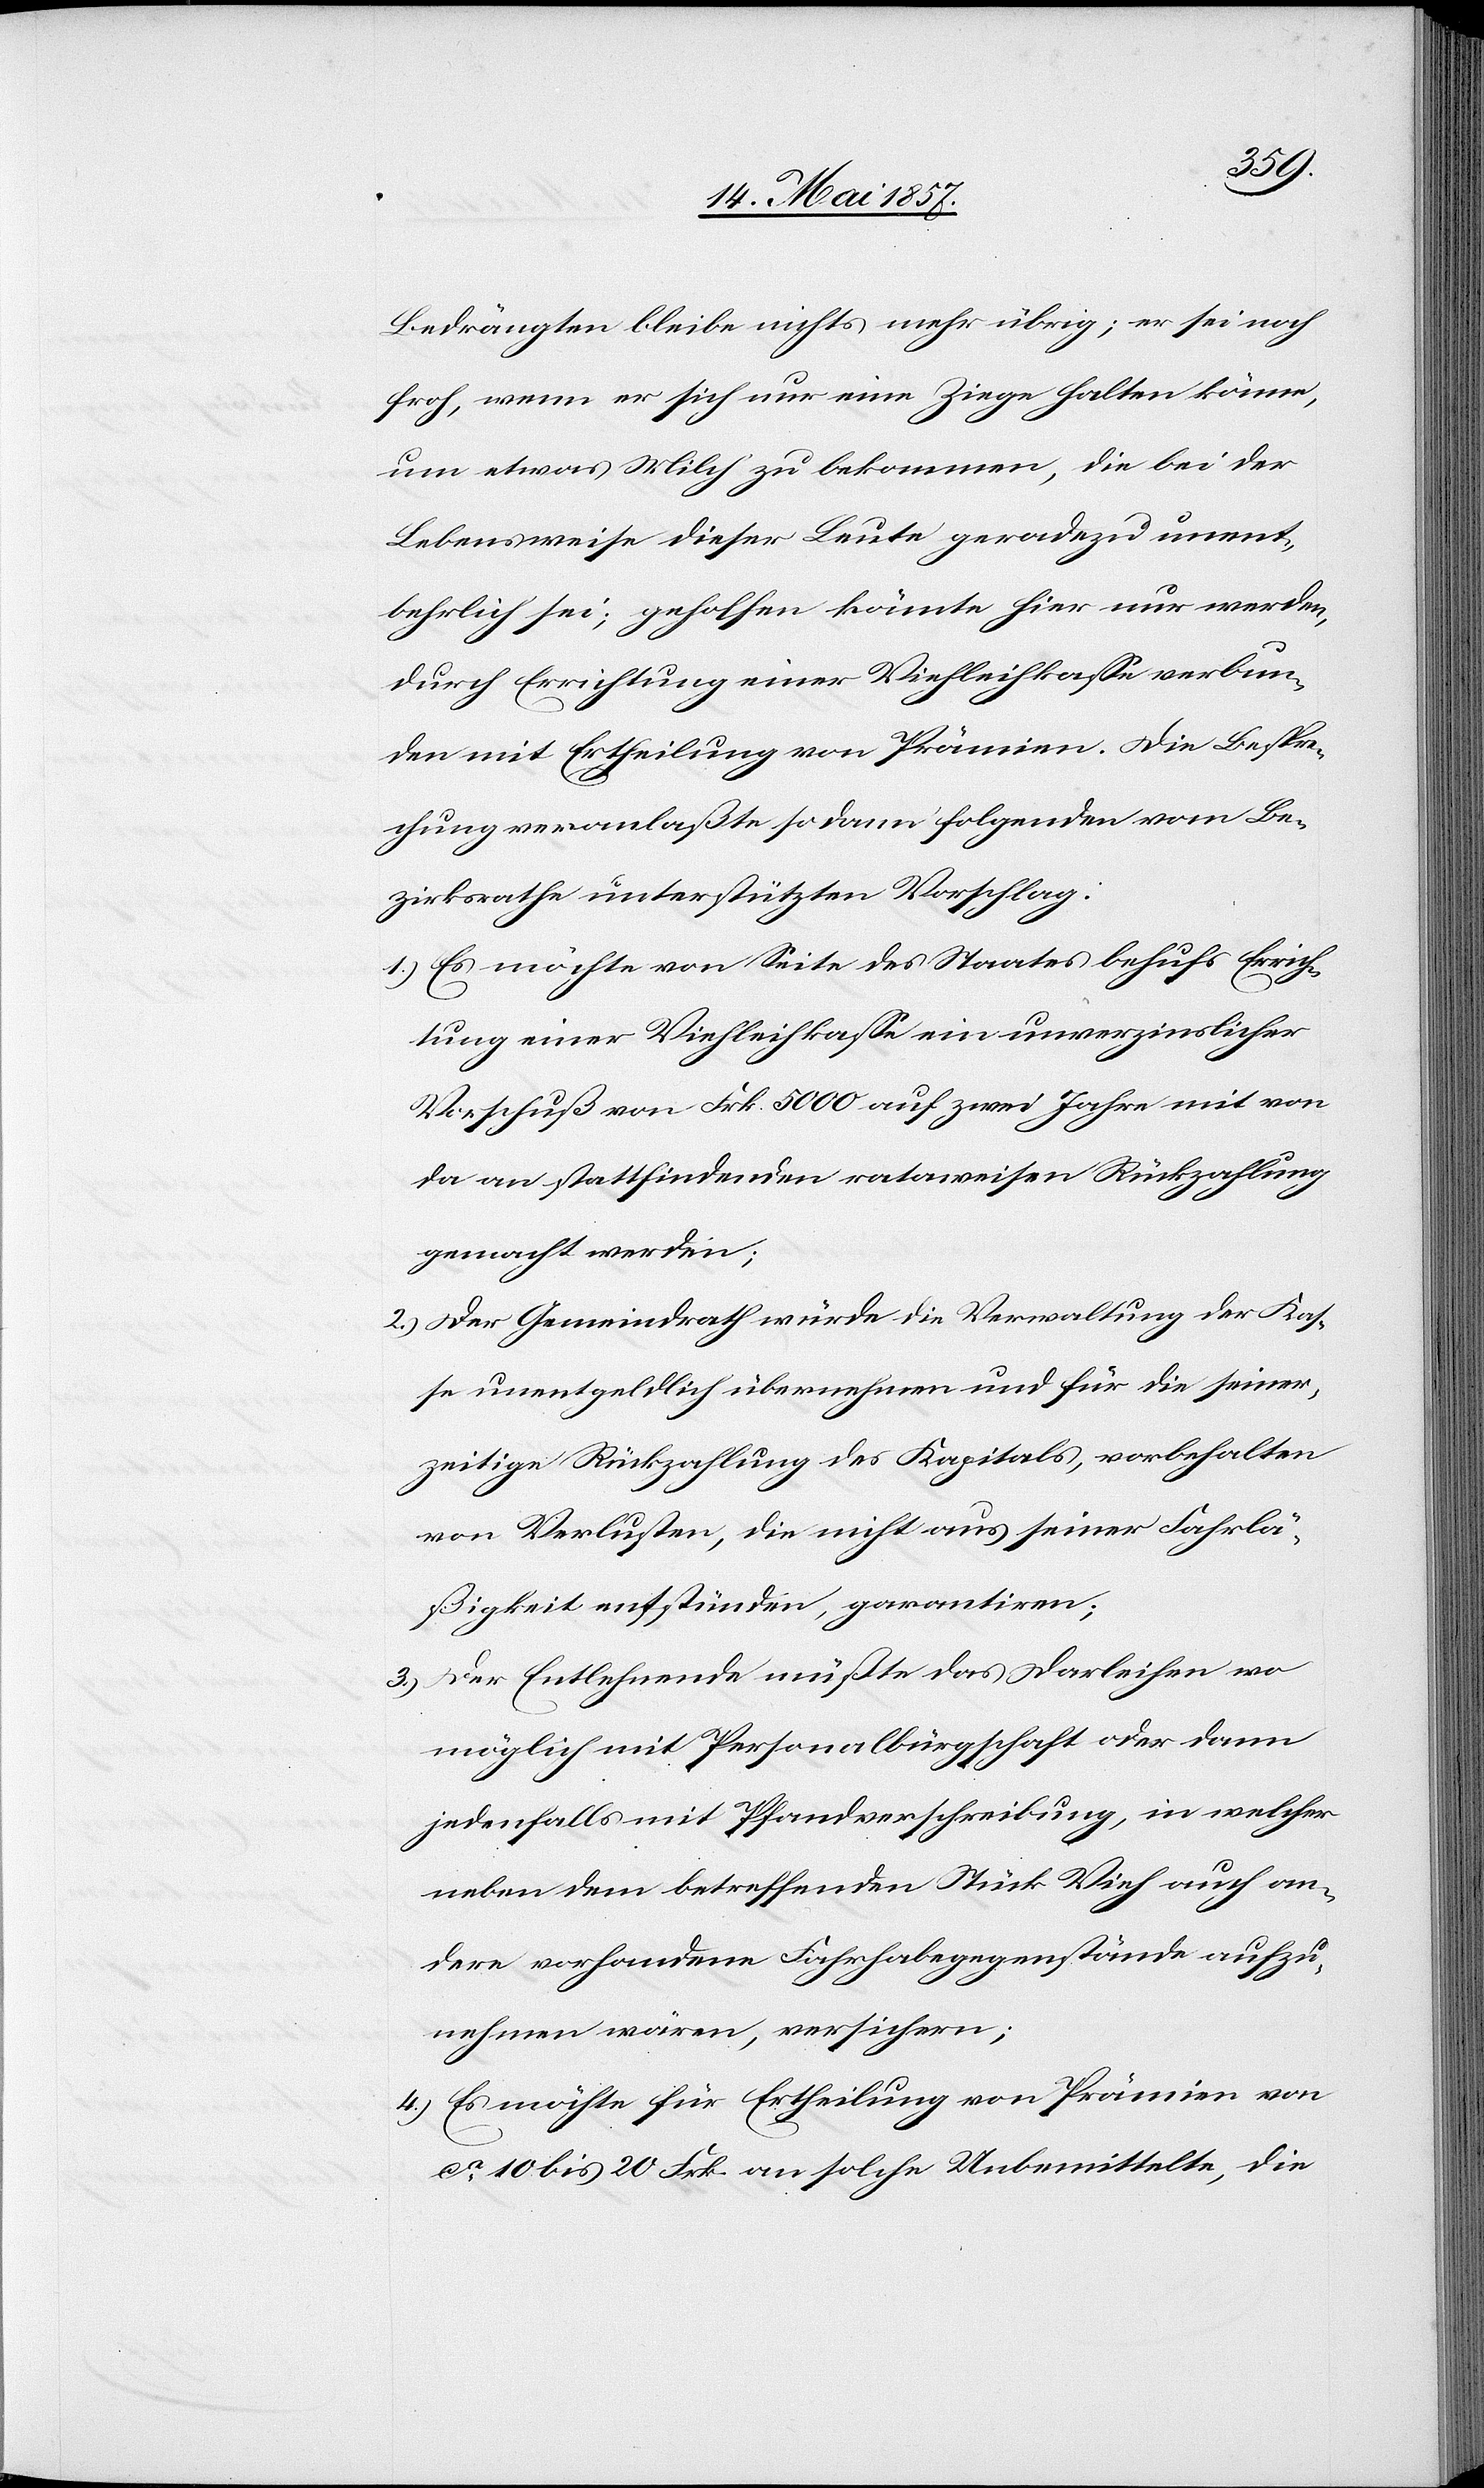
Bespre¬
Bedrängten bleibe nichts mehr übrig; er sei noch
froh, wenn er sich nur eine Ziege halten könne,
um etwas Milch zu bekommen, die bei der
Lebensweise dieser Leute geradezu unent¬
behrlich sei; geholfen könnte hier nur werden,
chung veranlaßte sodann folgenden vom Be¬
zirksrathe unterstützten Vorschlag:
1.) Es möchte von Seite des Staates behufs Erricht¬
ung einer Viehleihkasse ein unverzinslicher
Vorschuß von Frk. 5000 auf zwei Jahre mit von
da an stattfindenden rataweisen Rückzahlung
gemacht werden;
2.) Der Gemeindrath würde die Verwaltung der Kas¬
se unentgeldlich übernehmen und für die seiner¬
seitige Rückzahlung des Kapitals, vorbehalten
von Verlusten, die nicht aus seiner Fahrlä¬
ßigkeit entstünden garantiren;
3.) Der Entsprechende müßte das Darleihen wo
möglich mit Personalbürgschaft oder dann
jedenfalls mit Pfandverschreibung, in welcher
neben dem betreffenden Stück Vieh auch an¬
dere vorhandene Fahrhabegegenstände aufzu¬
nehmen wären, versichern;
4.) Es möchte für Ertheilung von Prämien von
ca 10 bis 20 Frk. an solche Unbemittelte, die